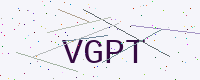
Text: VGPT